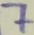
Text: 7